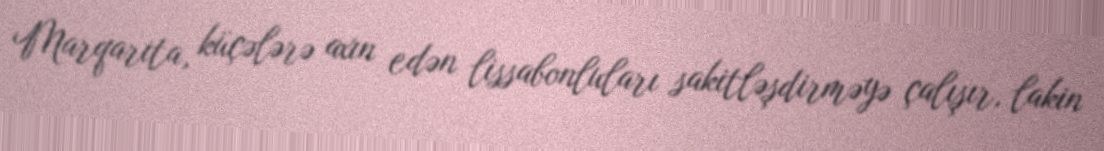
Marqarita, küçələrə axın edən lissabonluları sakitləşdirməyə çalışır, lakin